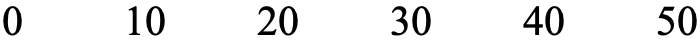
0   10  20   30  40   50